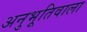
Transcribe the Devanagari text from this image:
अनुभूतिवाला